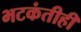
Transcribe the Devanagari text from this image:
भटकंतीही